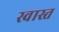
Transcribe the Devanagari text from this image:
स्वास्त